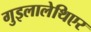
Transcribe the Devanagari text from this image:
गुइलालेथिएर